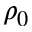
\rho _ { 0 }